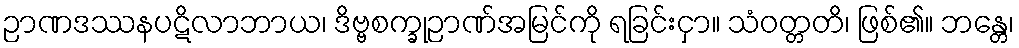
ဉာဏဒဿနပဋိလာဘာယ၊ ဒိဗ္ဗစက္ခုဉာဏ်အမြင်ကို ရခြင်းငှာ။ သံဝတ္တတိ၊ ဖြစ်၏။ ဘန္တေ၊